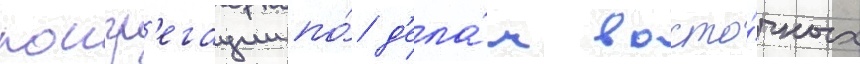
конгр'егации по́ д'ела́м восто́чных